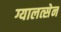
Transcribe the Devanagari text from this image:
ग्यालत्सेन